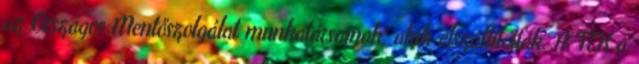
az Országos Mentőszolgálat munkatársainak, akik elszállították. A TEK a